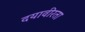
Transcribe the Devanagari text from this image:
दयावीरता